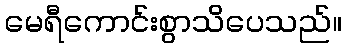
မေရီကောင်းစွာသိပေသည်။